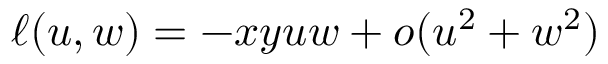
\ell ( u , w ) = - x y u w + o ( u ^ { 2 } + w ^ { 2 } )